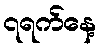
၇ရက်နေ့